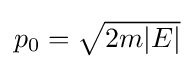
{\textstyle p_{0}={\sqrt {2m|E|}}}